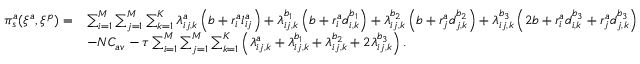
\begin{array} { r l } { \pi _ { s } ^ { a } ( \xi ^ { a } , \xi ^ { p } ) = } & { \sum _ { i = 1 } ^ { M } \sum _ { j = 1 } ^ { M } \sum _ { k = 1 } ^ { K } \lambda _ { i j , k } ^ { a } \left( b + r _ { i } ^ { a } l _ { i j } ^ { a } \right) + \lambda _ { i j , k } ^ { b _ { 1 } } \left( b + r _ { i } ^ { a } d _ { i , k } ^ { b _ { 1 } } \right) + \lambda _ { i j , k } ^ { b _ { 2 } } \left( b + r _ { j } ^ { a } d _ { j , k } ^ { b _ { 2 } } \right) + \lambda _ { i j , k } ^ { b _ { 3 } } \left( 2 b + r _ { i } ^ { a } d _ { i , k } ^ { b _ { 3 } } + r _ { j } ^ { a } d _ { j , k } ^ { b _ { 3 } } \right) } \\ & { - N C _ { a v } - \tau \sum _ { i = 1 } ^ { M } \sum _ { j = 1 } ^ { M } \sum _ { k = 1 } ^ { K } \left( \lambda _ { i j , k } ^ { a } + \lambda _ { i j , k } ^ { b _ { 1 } } + \lambda _ { i j , k } ^ { b _ { 2 } } + 2 \lambda _ { i j , k } ^ { b _ { 3 } } \right) . } \end{array}